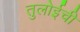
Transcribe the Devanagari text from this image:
तुलोईची